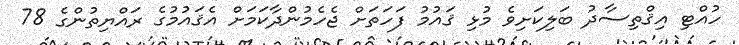
ހުއްޓި އިޤްތިސާދު ބަލިކަށިވެ މުޅި ޤައުމު ފަހަތަށް ޖެހެމުންދާކަމަށް އެޤައުމުގެ ރައްޔިތުންގެ 78